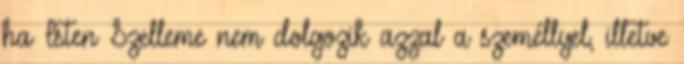
ha Isten Szelleme nem dolgozik azzal a személlyel, illetve